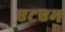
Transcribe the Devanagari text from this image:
एटएम